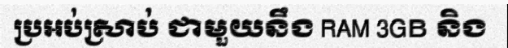
ប្រអប់ស្រាប់ ជាមួយនឹង RAM 3GB និង